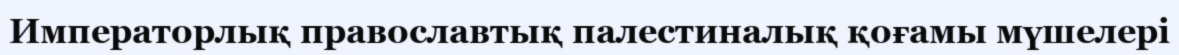
Императорлық православтық палестиналық қоғамы мүшелері